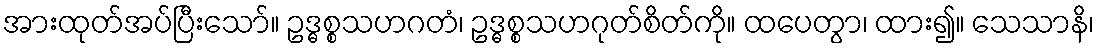
အားထုတ်အပ်ပြီးသော်။ ဥဒ္ဓစ္စသဟဂတံ၊ ဥဒ္ဓစ္စသဟဂုတ်စိတ်ကို။ ထပေတွာ၊ ထား၍။ သေသာနိ၊